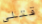
قتلى